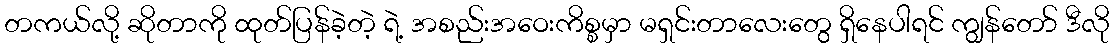
တကယ်လို့ ဆိုတာကို ထုတ်ပြန်ခဲ့တဲ့ ရဲ့ အစည်းအဝေးကိစ္စမှာ မရှင်းတာလေးတွေ ရှိနေပါရင် ကျွန်တော် ဒီလို